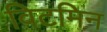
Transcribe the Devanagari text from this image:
विटमिन